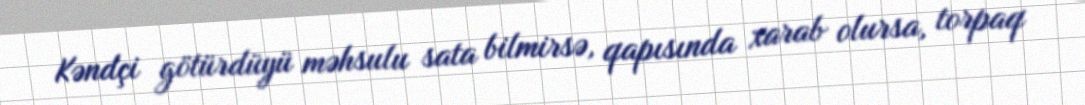
Kəndçi götürdüyü məhsulu sata bilmirsə, qapısında xarab olursa, torpaq